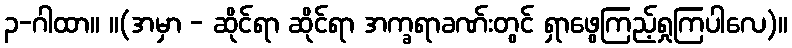
၃-ဂါထာ။ ။(အမှာ - ဆိုင်ရာ ဆိုင်ရာ အက္ခရာခဏ်းတွင် ရှာဖွေကြည့်ရှုကြပါလေ)။